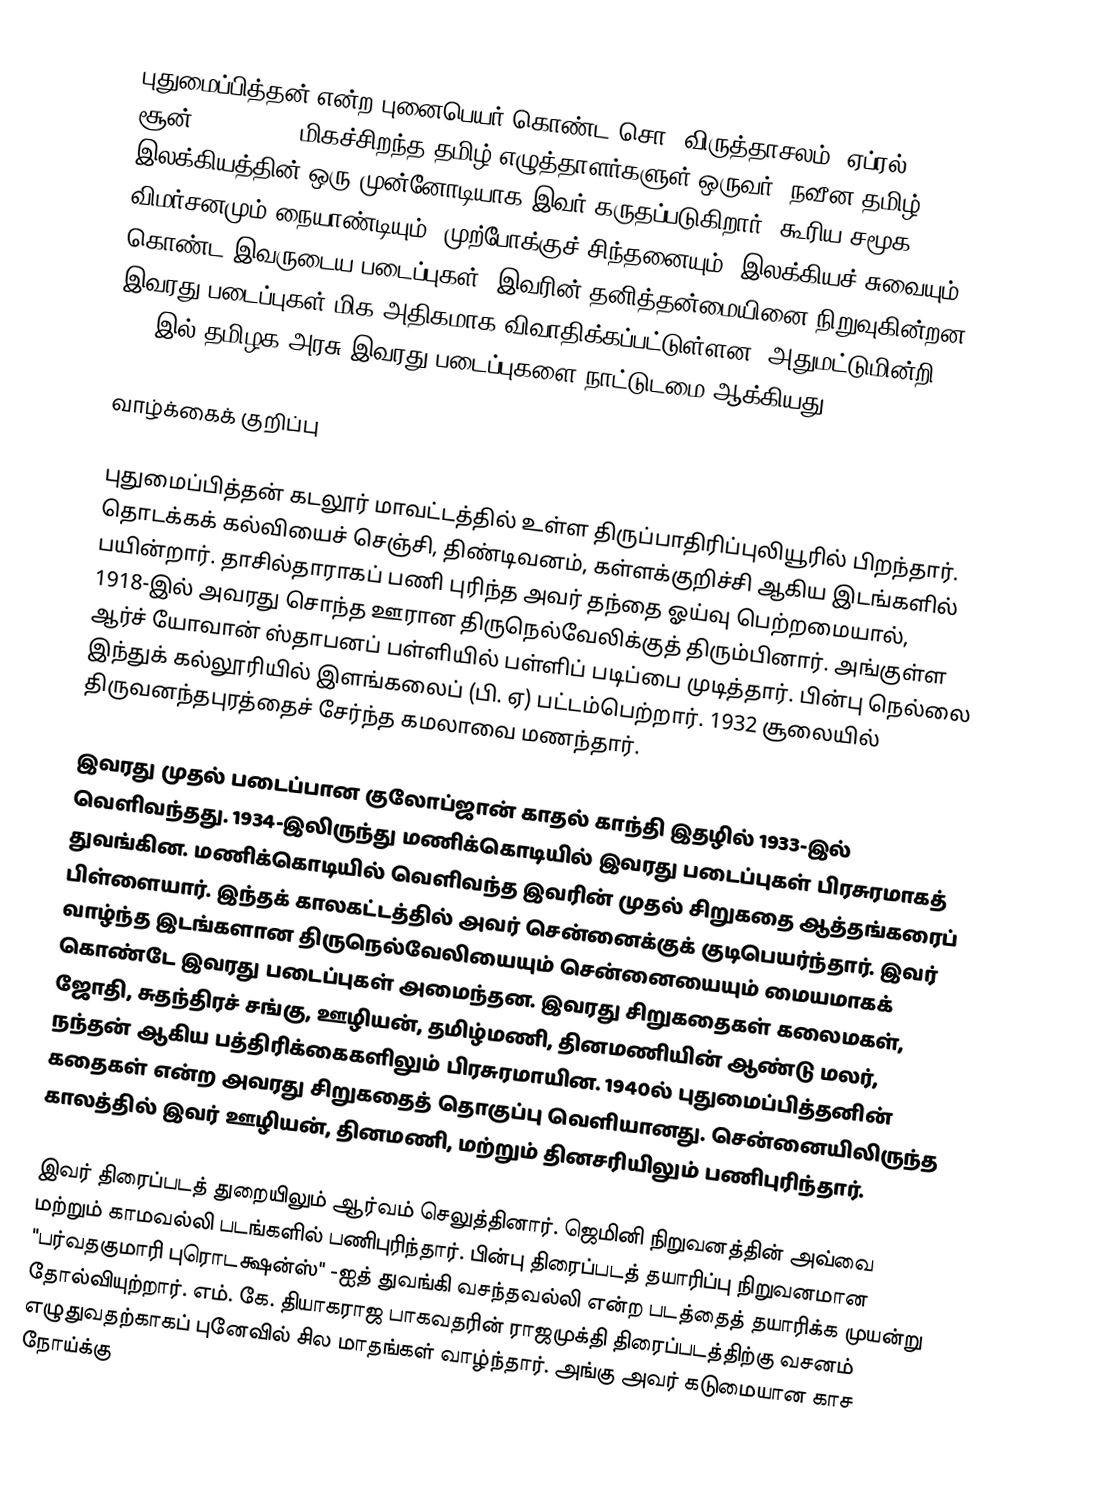
புதுமைப்பித்தன் என்ற புனைபெயர் கொண்ட சொ. விருத்தாசலம் (ஏப்ரல் 25, 1906 - சூன் 30, 1948), மிகச்சிறந்த தமிழ் எழுத்தாளர்களுள் ஒருவர். நவீன தமிழ் இலக்கியத்தின் ஒரு முன்னோடியாக இவர் கருதப்படுகிறார். கூரிய சமூக விமர்சனமும் நையாண்டியும், முற்போக்குச் சிந்தனையும், இலக்கியச் சுவையும் கொண்ட இவருடைய படைப்புகள், இவரின் தனித்தன்மையினை நிறுவுகின்றன. இவரது படைப்புகள் மிக அதிகமாக விவாதிக்கப்பட்டுள்ளன. அதுமட்டுமின்றி, 2002இல் தமிழக அரசு இவரது படைப்புகளை நாட்டுடமை ஆக்கியது.

வாழ்க்கைக் குறிப்பு

புதுமைப்பித்தன் கடலூர் மாவட்டத்தில் உள்ள திருப்பாதிரிப்புலியூரில் பிறந்தார். தொடக்கக் கல்வியைச் செஞ்சி, திண்டிவனம், கள்ளக்குறிச்சி ஆகிய இடங்களில் பயின்றார். தாசில்தாராகப் பணி புரிந்த அவர் தந்தை ஓய்வு பெற்றமையால், 1918-இல் அவரது சொந்த ஊரான திருநெல்வேலிக்குத் திரும்பினார். அங்குள்ள ஆர்ச் யோவான் ஸ்தாபனப் பள்ளியில் பள்ளிப் படிப்பை முடித்தார். பின்பு நெல்லை இந்துக் கல்லூரியில் இளங்கலைப் (பி. ஏ) பட்டம்பெற்றார். 1932 சூலையில் திருவனந்தபுரத்தைச் சேர்ந்த கமலாவை மணந்தார்.

இவரது முதல் படைப்பான குலோப்ஜான் காதல் காந்தி இதழில் 1933-இல் வெளிவந்தது. 1934-இலிருந்து மணிக்கொடியில் இவரது படைப்புகள் பிரசுரமாகத் துவங்கின. மணிக்கொடியில் வெளிவந்த இவரின் முதல் சிறுகதை ஆத்தங்கரைப் பிள்ளையார். இந்தக் காலகட்டத்தில் அவர் சென்னைக்குக் குடிபெயர்ந்தார். இவர் வாழ்ந்த இடங்களான திருநெல்வேலியையும் சென்னையையும் மையமாகக் கொண்டே இவரது படைப்புகள் அமைந்தன. இவரது சிறுகதைகள் கலைமகள், ஜோதி, சுதந்திரச் சங்கு, ஊழியன், தமிழ்மணி, தினமணியின் ஆண்டு மலர், நந்தன் ஆகிய பத்திரிக்கைகளிலும் பிரசுரமாயின. 1940ல் புதுமைப்பித்தனின் கதைகள் என்ற அவரது சிறுகதைத் தொகுப்பு வெளியானது. சென்னையிலிருந்த காலத்தில் இவர் ஊழியன், தினமணி, மற்றும் தினசரியிலும் பணிபுரிந்தார்.

இவர் திரைப்படத் துறையிலும் ஆர்வம் செலுத்தினார். ஜெமினி நிறுவனத்தின் அவ்வை மற்றும் காமவல்லி படங்களில் பணிபுரிந்தார். பின்பு திரைப்படத்  தயாரிப்பு நிறுவனமான "பர்வதகுமாரி புரொடக்ஷன்ஸ்" -ஐத் துவங்கி வசந்தவல்லி என்ற படத்தைத் தயாரிக்க முயன்று தோல்வியுற்றார். எம். கே. தியாகராஜ பாகவதரின் ராஜமுக்தி திரைப்படத்திற்கு வசனம் எழுதுவதற்காகப் புனேவில் சில மாதங்கள் வாழ்ந்தார். அங்கு அவர் கடுமையான காச நோய்க்கு